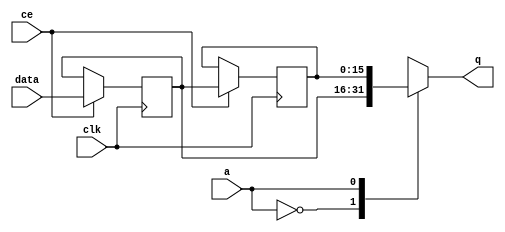
// This program was cloned from: https://github.com/mustafabbas/ECE1373_2016_hft_on_fpga
// License: MIT License

// ==============================================================
// File generated by Vivado(TM) HLS - High-Level Synthesis from C, C++ and SystemC
// Version: 2016.3
// Copyright (C) 1986-2016 Xilinx, Inc. All Rights Reserved.
// 
// ==============================================================


`timescale 1 ns / 1 ps

module udpCapitalize_lb_g8j_shiftReg (
    clk,
    data,
    ce,
    a,
    q);

parameter DATA_WIDTH = 32'd16;
parameter ADDR_WIDTH = 32'd1;
parameter DEPTH = 32'd2;

input clk;
input [DATA_WIDTH-1:0] data;
input ce;
input [ADDR_WIDTH-1:0] a;
output [DATA_WIDTH-1:0] q;

reg[DATA_WIDTH-1:0] SRL_SIG [0:DEPTH-1];
integer i;

always @ (posedge clk)
    begin
        if (ce)
        begin
            for (i=0;i<DEPTH-1;i=i+1)
                SRL_SIG[i+1] <= SRL_SIG[i];
            SRL_SIG[0] <= data;
        end
    end

assign q = SRL_SIG[a];

endmodule

module udpCapitalize_lb_g8j (
    clk,
    reset,
    if_empty_n,
    if_read_ce,
    if_read,
    if_dout,
    if_full_n,
    if_write_ce,
    if_write,
    if_din);

parameter MEM_STYLE = "auto";
parameter DATA_WIDTH = 32'd16;
parameter ADDR_WIDTH = 32'd1;
parameter DEPTH = 32'd2;

input clk;
input reset;
output if_empty_n;
input if_read_ce;
input if_read;
output[DATA_WIDTH - 1:0] if_dout;
output if_full_n;
input if_write_ce;
input if_write;
input[DATA_WIDTH - 1:0] if_din;

wire[ADDR_WIDTH - 1:0] shiftReg_addr ;
wire[DATA_WIDTH - 1:0] shiftReg_data, shiftReg_q;
wire                     shiftReg_ce;
reg[ADDR_WIDTH:0] mOutPtr = {(ADDR_WIDTH+1){1'b1}};
reg internal_empty_n = 0, internal_full_n = 1;

assign if_empty_n = internal_empty_n;
assign if_full_n = internal_full_n;
assign shiftReg_data = if_din;
assign if_dout = shiftReg_q;

always @ (posedge clk) begin
    if (reset == 1'b1)
    begin
        mOutPtr <= ~{ADDR_WIDTH+1{1'b0}};
        internal_empty_n <= 1'b0;
        internal_full_n <= 1'b1;
    end
    else begin
        if (((if_read & if_read_ce) == 1 & internal_empty_n == 1) && 
            ((if_write & if_write_ce) == 0 | internal_full_n == 0))
        begin
            mOutPtr <= mOutPtr -1;
            if (mOutPtr == 0)
                internal_empty_n <= 1'b0;
            internal_full_n <= 1'b1;
        end 
        else if (((if_read & if_read_ce) == 0 | internal_empty_n == 0) && 
            ((if_write & if_write_ce) == 1 & internal_full_n == 1))
        begin
            mOutPtr <= mOutPtr +1;
            internal_empty_n <= 1'b1;
            if (mOutPtr == DEPTH-2)
                internal_full_n <= 1'b0;
        end 
    end
end

assign shiftReg_addr = mOutPtr[ADDR_WIDTH] == 1'b0 ? mOutPtr[ADDR_WIDTH-1:0]:{ADDR_WIDTH{1'b0}};
assign shiftReg_ce = (if_write & if_write_ce) & internal_full_n;

udpCapitalize_lb_g8j_shiftReg 
#(
    .DATA_WIDTH(DATA_WIDTH),
    .ADDR_WIDTH(ADDR_WIDTH),
    .DEPTH(DEPTH))
U_udpCapitalize_lb_g8j_ram (
    .clk(clk),
    .data(shiftReg_data),
    .ce(shiftReg_ce),
    .a(shiftReg_addr),
    .q(shiftReg_q));

endmodule